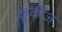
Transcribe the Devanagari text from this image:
कूकीज